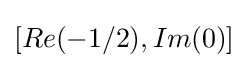
\left[Re(-1/2),Im(0)\right]